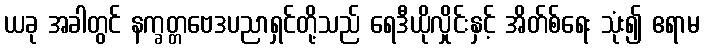
ယခု အခါတွင် နက္ခတ္တဗေဒပညာရှင်တို့သည် ရေဒီယိုလှိုင်းနှင့် အိတ်စ်ရေး သုံး၍ ဧရာမ